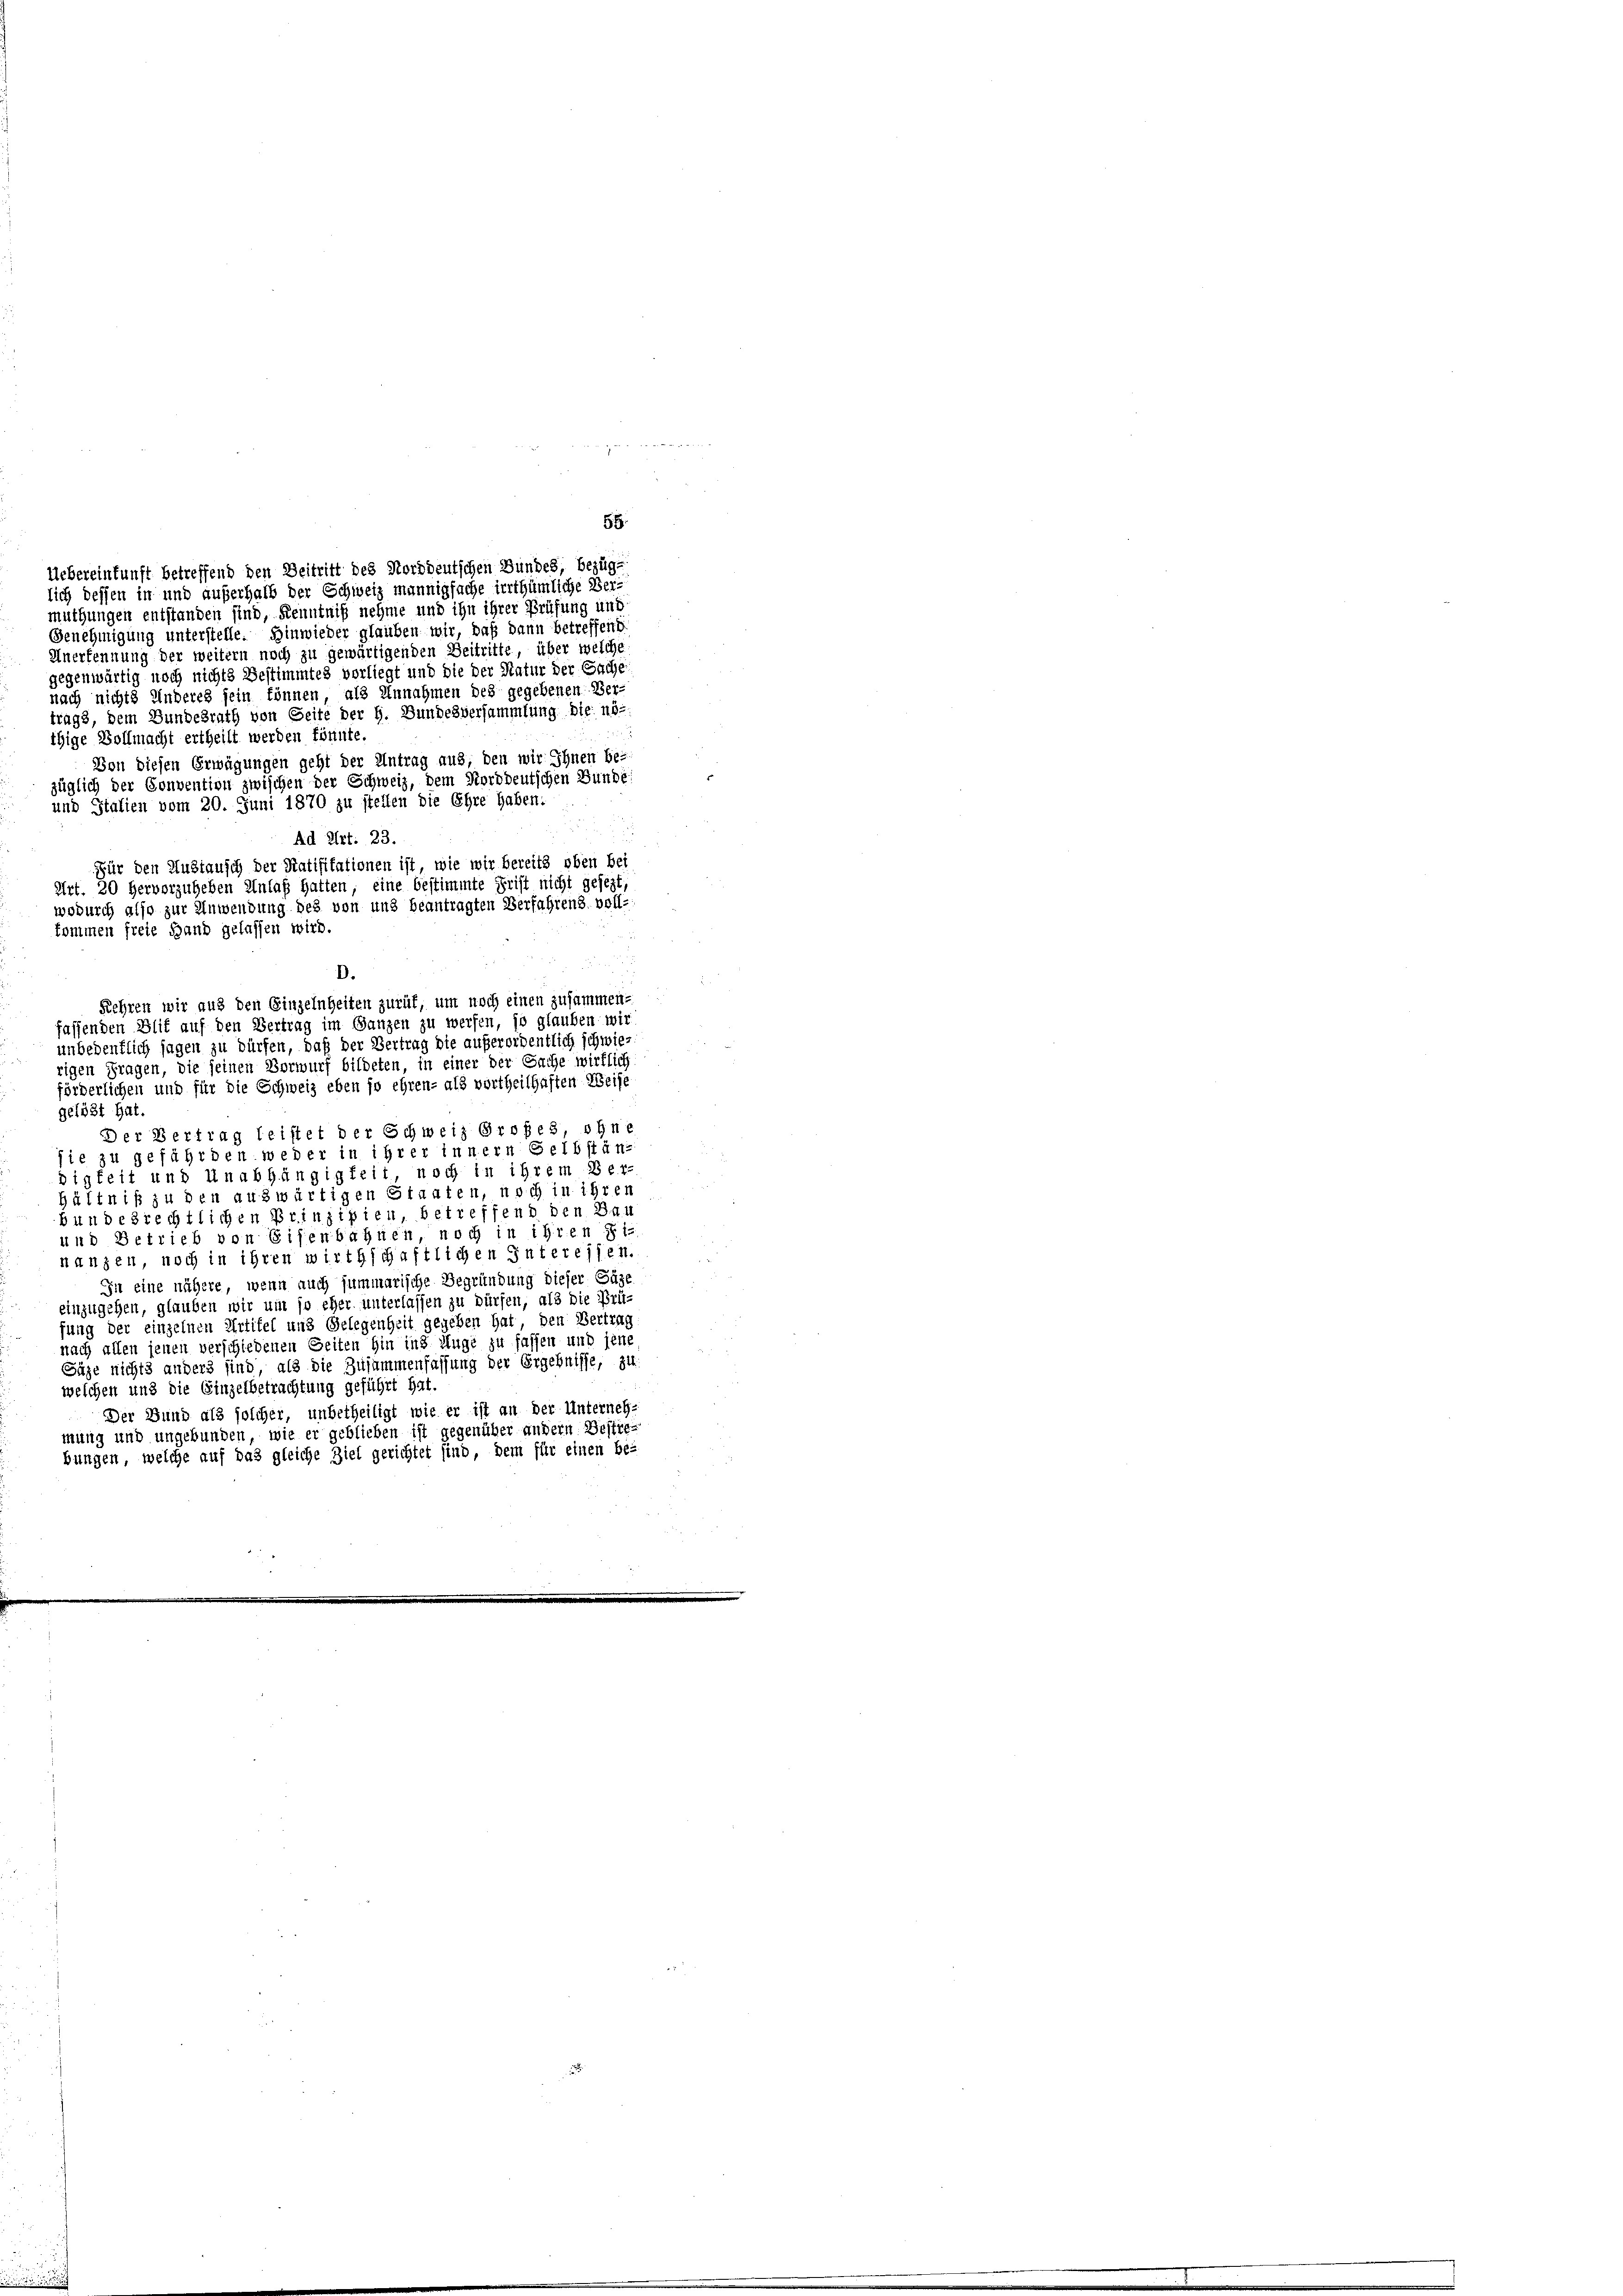
Ad Art. 23.
Für den Austausch der Statisitationen ist, wie wir bereits oben bei
Art. 20 hervorzuheben Anlaß hatten, eine bestimmte Frist nicht gesezt,
wodurch also zur Anwendung des von und beantragten Verfahrens voll-
kommen freie Hand gelassen wird.
D.

55:
Uebereinkunft betreffend den Beitritt des Norddeutschen Bundes, bezüg-
lich dessen in und außerhalb der Schweiz mannigfache irrthümliche Ver-
muthungen entstanden sind, Kenntniß nehme und ihn ihrer Prüfung und
Genehmigung unterstelle. Hinwieder glauben wir, daß dann betreffend
Anerkennung der weitern noch zu gewärtigenden Beitritte, über welche
gegenwärtig noch nichts Bestimmtes vorliegt und die der Natur der Sache
nach nichts Anderes sein können, als Annahmen des gegebenen Ver-
trags, dem Bundesrath von Seite der H. Bundesversammlung die nöthige Vollmacht ertheilt werden könnte.
Von diesen Erwägungen geht der Antrag aus, den wir Ihnen be-
züglich der Convention zwischen der Schweiz, dem Norddeutschen Bunde
und Italien vom 20. Juni 1870 zu stellen die Ehre haben:
Kehren wir aus den Einzelnheiten zurük, um noch einen zusammen-
fassenden Blit auf den Vertrag im Ganzen zu werfen, so glauben wir
unbedenklich sagen zu dürfen, daß der Vertrag die außerordentlich schwie-
rigen Fragen, die seinen Vorwurf bildeten, in einer der Sache wirklich
förderlichen und für die Schweiz eben so ehren- als vortheilhaften Weise
gelöst hat.
Der Vertrag leistet der Schweiz Profes, ohne
sie zu gefährden weder in ihrer innern Selbständigkeit und Unabhängigkeit, noch in ihrem Ber-
hältniß zu den auswärtigen Staaten, noch in ihren
bundesrechtlichen Prinzipien, betreffend den Dan
und Betrieb von Eisenbahnen noch in ihren Fi-
nanzen, noch in ihren wirthschaftlichen Interessen.
In eine nähere, wenn auch summarische Begründung dieser Säze
einzugehen, glauben wir um so eher unterlassen zu dürfen, als die Prüfung der einzelnen Artikel und Gelegenheit gegeben hat, den Vertrag
nach allen jenen verschiedenen Seiten hin ins Auge zu fassen und jene
Säge nichts anders sind, als die Zusammenfassung der Ergebnisse, zu
welchen und die Einzelbetrachtung geführt hat.
Der Bund als solcher, unbetheiligt wie er ist an der Unterneh-
mung und ungebunden, wie er geblieben ist gegenüber andern Bestie
bungen, welche auf das gleiche Ziel gerichtet sind, dem für einen be-